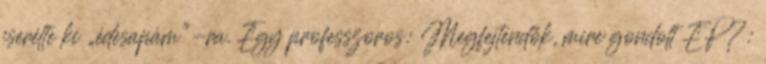
cserélte ki „édesapám”-ra. Egy professzoros: Megfejtendők, mire gondolt EP?: